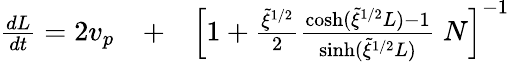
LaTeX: \begin{array}{rlr}{\frac{dL}{dt}=2v_{p}}&{{}+}&{\left[1+\frac{\tilde{\xi}^{1/2}}{2}\frac{\cosh(\tilde{\xi}^{1/2}L)-1}{\sinh(\tilde{\xi}^{1/2}L)}\ N\right]^{-1}}\end{array}